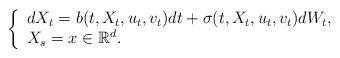
LaTeX: \begin{align*}\left\{\begin{array}{ll} dX_t=b(t,X_t,u_t, v_t)dt+\sigma (t, X_t,u_t, v_t)dW_t, \\ X_s=x \in \mathbb{R}^d. \end{array} \right. \end{align*}